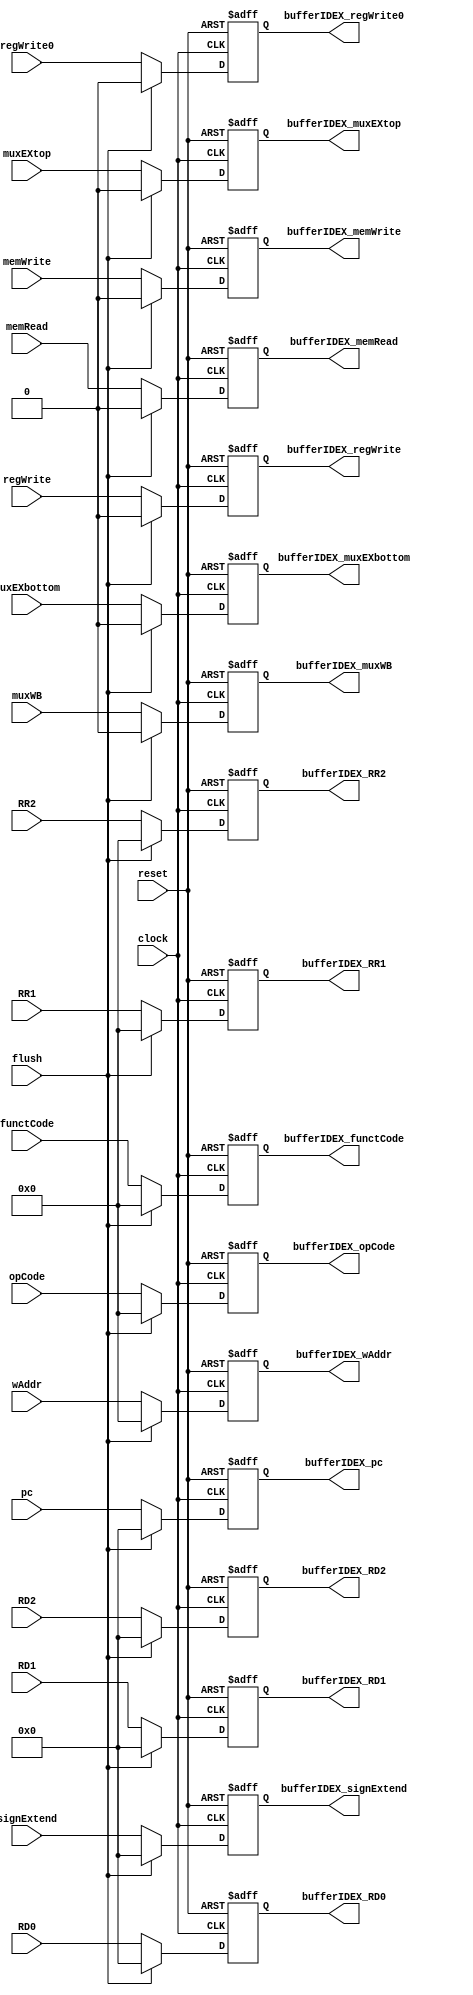
module bufferIDEX(input            clock, reset, flush,
                  input[15:0]      pc, RD1, RD2, RD0, signExtend, 
                  input[3:0]       RR1, RR2, wAddr, opCode, functCode,
                  input            muxEXtop, muxEXbottom, muxWB, 
                                   memRead, memWrite, regWrite, regWrite0,
                  output reg[15:0] bufferIDEX_pc, bufferIDEX_RD1, bufferIDEX_RD2, bufferIDEX_RD0, bufferIDEX_signExtend,
                  output reg[3:0]  bufferIDEX_RR1, bufferIDEX_RR2, bufferIDEX_wAddr, bufferIDEX_opCode, bufferIDEX_functCode,
                  output reg       bufferIDEX_muxEXtop, bufferIDEX_muxEXbottom, bufferIDEX_muxWB, 
                                   bufferIDEX_memRead, bufferIDEX_memWrite, bufferIDEX_regWrite, bufferIDEX_regWrite0);

reg[15:0] s_pc, s_RD1, s_RD2, s_RD0, s_signExtend;
reg[3:0]  s_RR1, s_RR2, s_wAddr, s_opCode, s_functCode;
reg       s_muxEXtop, s_muxEXbottom, s_muxWB, 
          s_memRead, s_memWrite, s_regWrite, s_regWrite0;

always@(posedge clock or negedge reset)
begin
   if (!reset)
      begin
// WB
         s_wAddr          <= 4'h0;
	     s_muxWB          <= 1'b0;
         s_regWrite       <= 1'b0;
         s_regWrite0      <= 1'b0;

// MEM
         s_memRead        <= 1'b0;
         s_memWrite       <= 1'b0;

// EX
         s_pc             <= 4'h0;
         s_opCode         <= 4'h0;
         s_functCode      <= 4'h0;
	     s_muxEXtop       <= 1'b0;
         s_muxEXbottom    <= 1'b0;

// BUFFER
         s_RD1            <= 16'h0000;
         s_RD2            <= 16'h0000;
         s_RD0            <= 16'h0000;
         s_signExtend     <= 16'h0000;

// FORWARD
         s_RR1            <= 4'h0;
         s_RR2            <= 4'h0;

      end
   else if (flush)
      begin $display("FLUSH");
// WB
         s_wAddr          <= 0;
	     s_muxWB          <= 0;
         s_regWrite       <= 0;
         s_regWrite0      <= 0;

// MEM
         s_memRead        <= 0;
         s_memWrite       <= 0;

// EX
         s_pc             <= 0;
         s_opCode         <= 0;
         s_functCode      <= 0;
	     s_muxEXtop       <= 0;
         s_muxEXbottom    <= 0;

// BUFFER
         s_RD1            <= 0;
         s_RD2            <= 0;
         s_RD0            <= 0;
         s_signExtend     <= 0;

// FORWARD
         s_RR1            <= 0;
         s_RR2            <= 0;
      end
   else
      begin
// WB
         s_wAddr          <= wAddr;
	     s_muxWB          <= muxWB;
         s_regWrite       <= regWrite;
         s_regWrite0      <= regWrite0;

// MEM
         s_memRead        <= memRead;
         s_memWrite       <= memWrite;

// EX
         s_pc             <= pc;
         s_opCode         <= opCode;
         s_functCode      <= functCode;
	     s_muxEXtop       <= muxEXtop;
         s_muxEXbottom    <= muxEXbottom;

// BUFFER
         s_RD1            <= RD1;
         s_RD2            <= RD2;
         s_RD0            <= RD0;
         s_signExtend     <= signExtend;

// FORWARD
         s_RR1            <= RR1;
         s_RR2            <= RR2;

      end
end

always@(*)
begin
// WB
   bufferIDEX_wAddr       <= s_wAddr;
   bufferIDEX_muxWB       <= s_muxWB;
   bufferIDEX_regWrite    <= s_regWrite;
   bufferIDEX_regWrite0   <= s_regWrite0;

// MEM
   bufferIDEX_memRead     <= s_memRead;
   bufferIDEX_memWrite    <= s_memWrite;

// EX
   bufferIDEX_pc          <= s_pc;
   bufferIDEX_opCode      <= s_opCode;
   bufferIDEX_functCode   <= s_functCode;
   bufferIDEX_muxEXtop    <= s_muxEXtop;
   bufferIDEX_muxEXbottom <= s_muxEXbottom;

// BUFFER
   bufferIDEX_RD1         <= s_RD1;
   bufferIDEX_RD2         <= s_RD2;
   bufferIDEX_RD0         <= s_RD0;
   bufferIDEX_signExtend  <= s_signExtend; 

// FORWARD
   bufferIDEX_RR1         <= s_RR1;
   bufferIDEX_RR2         <= s_RR2;

end

endmodule